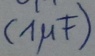
Text: (1µF)